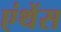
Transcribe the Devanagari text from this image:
एंथेंस